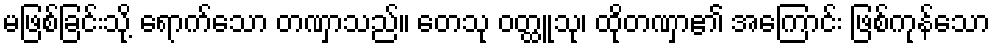
မဖြစ်ခြင်းသို့ ရောက်သော တဏှာသည်။ တေသု ဝတ္ထူသု၊ ထိုတဏှာ၏ အကြောင်း ဖြစ်ကုန်သော